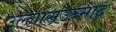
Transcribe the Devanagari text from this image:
उल्लासउन्माद